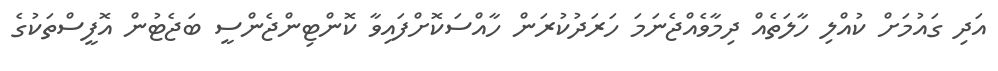
އަދި ގައުމަށް ކުއްލި ހާލަތެއް ދިމާވެއްޖެނަމަ ހަރަދުކުރަން ހާއްސަކޮށްފައިވާ ކޮންޓިންޖެންސީ ބަޖެޓުން އޮފީސްތަކުގެ